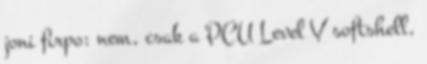
joni firpo: nem, csak a PCU Level V softshell,